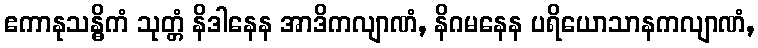
ဧကာနုသန္ဓိကံ သုတ္တံ နိဒါနေန အာဒိကလျာဏံ, နိဂမနေန ပရိယောသာနကလျာဏံ,